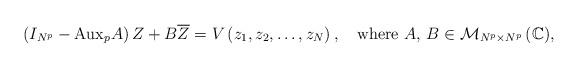
LaTeX: \begin{align*}\left(I_{N^{p}}-\mbox{Aux}_{p}A\right) Z+B\overline{Z}=V\left(z_{1},z_{2},\dots,z_{N}\right),\quad\mbox{where $A$, $B\in \mathcal{M}_{N^{p}\times N^{p}}\left(\mathbb{C}\right)$}, \end{align*}